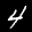
Label: 4